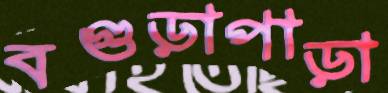
বগুড়াপাড়া